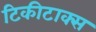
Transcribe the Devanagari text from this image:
टिकीटाक्स